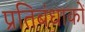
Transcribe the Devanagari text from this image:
प्रतिबंधाकों